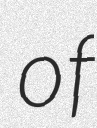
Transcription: of